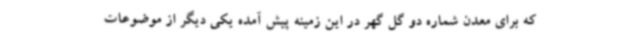
که برای معدن شماره دو گل گهر در این زمینه پیش آمده یکی دیگر از موضوعات